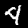
Label: 4